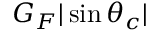
G _ { F } | \sin \theta _ { c } |